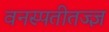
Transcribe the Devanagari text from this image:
वनस्पतीतज्ज्ञ